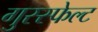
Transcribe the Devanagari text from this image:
गुस्स्फेल्ट